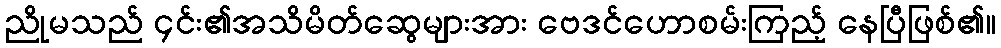
ညိုမသည် ၄င်း၏အသိမိတ်ဆွေများအား ဗေဒင်ဟောစမ်းကြည့် နေပြီဖြစ်၏။